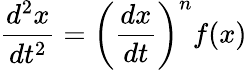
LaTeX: {\frac{d^{2}x}{dt^{2}}}=\left({\frac{dx}{dt}}\right)^{n}f(x)